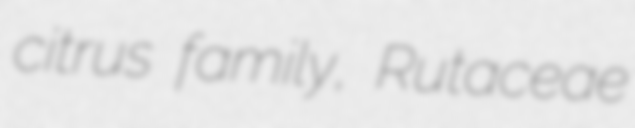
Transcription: citrus family, Rutaceae